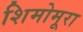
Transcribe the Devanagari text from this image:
शिमोमूरा